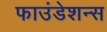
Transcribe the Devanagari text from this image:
फाउंडेशन्स